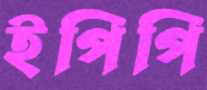
ইপিপি